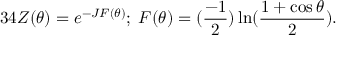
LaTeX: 3 4 Z ( \theta ) = e ^ { - J F ( \theta ) } ; \; F ( \theta ) = ( \frac { - 1 } { 2 } ) \ln ( \frac { 1 + \cos \theta } { 2 } ) .